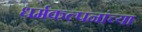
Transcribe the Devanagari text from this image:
धर्मकल्पनांच्या